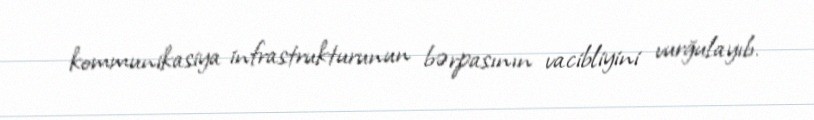
kommunikasiya infrastrukturunun bərpasının vacibliyini vurğulayıb.